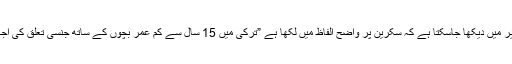
اس تصویر میں دیکھا جاسکتا ہے کہ سکرین پر واضح الفاظ میں لکھا ہے ”ترکی میں 15 سال سے کم عمر بچوں کے ساتھ جنسی تعلق کی اجازت ہے۔